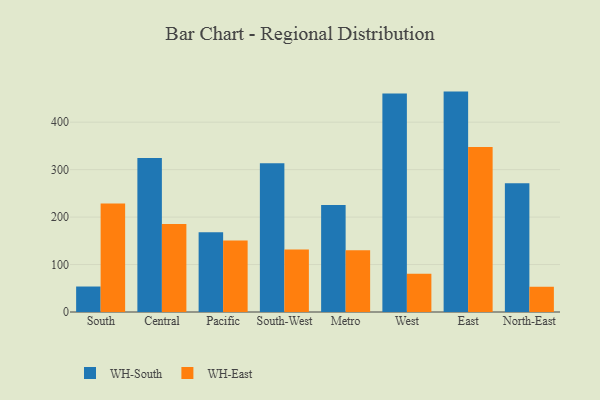
{"axis": {"x": "Region", "y": "Temperature (°C)"}, "legend": ["WH-East", "WH-South"], "data": [{"x": "South", "y": 53.7, "type": "WH-South"}, {"x": "South", "y": 228.6, "type": "WH-East"}, {"x": "Central", "y": 324.8, "type": "WH-South"}, {"x": "Central", "y": 185.5, "type": "WH-East"}, {"x": "Pacific", "y": 168.3, "type": "WH-South"}, {"x": "Pacific", "y": 150.6, "type": "WH-East"}, {"x": "South-West", "y": 313.3, "type": "WH-South"}, {"x": "South-West", "y": 131.8, "type": "WH-East"}, {"x": "Metro", "y": 225.3, "type": "WH-South"}, {"x": "Metro", "y": 129.9, "type": "WH-East"}, {"x": "West", "y": 460.4, "type": "WH-South"}, {"x": "West", "y": 80.8, "type": "WH-East"}, {"x": "East", "y": 464.5, "type": "WH-South"}, {"x": "East", "y": 347.7, "type": "WH-East"}, {"x": "North-East", "y": 271.3, "type": "WH-South"}, {"x": "North-East", "y": 53.2, "type": "WH-East"}]}